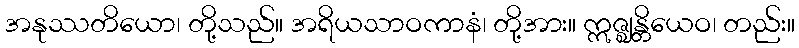
အနုဿတိယော၊ တို့သည်။ အရိယသာဝကာနံ၊ တို့အား။ ဣဇ္ဈန္တိယေဝ၊ တည်း။